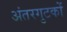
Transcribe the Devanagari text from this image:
अंतरगुटकों